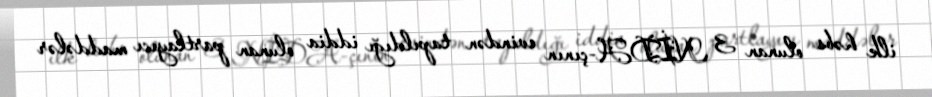
ilk həbs olunan 3 NİDA-çının evindən tapıldığı iddia olunan partlayıcı maddələr